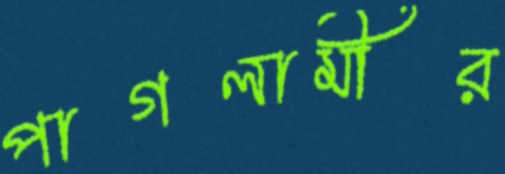
পাগলামীর